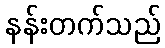
နန်းတက်သည်